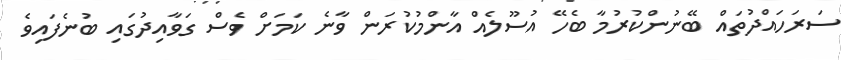
ސަރަހައްދުތައް ބޭނުންކުރުމާ ބެހޭ އުސޫލެއް އާންމުކުރަން ވާނެ ކަމަށް ވެސް ގަވާއިދުގައި ބުނެފައިވެ